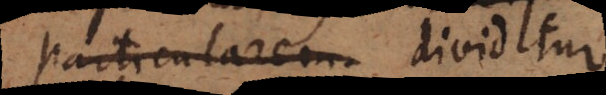
particularem dividitur